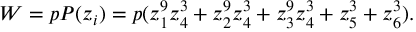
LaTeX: W = p P ( z _ { i } ) = p ( z _ { 1 } ^ { 9 } z _ { 4 } ^ { 3 } + z _ { 2 } ^ { 9 } z _ { 4 } ^ { 3 } + z _ { 3 } ^ { 9 } z _ { 4 } ^ { 3 } + z _ { 5 } ^ { 3 } + z _ { 6 } ^ { 3 } ) .